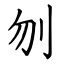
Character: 刎